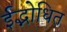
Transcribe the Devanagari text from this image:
ईद्भोधित